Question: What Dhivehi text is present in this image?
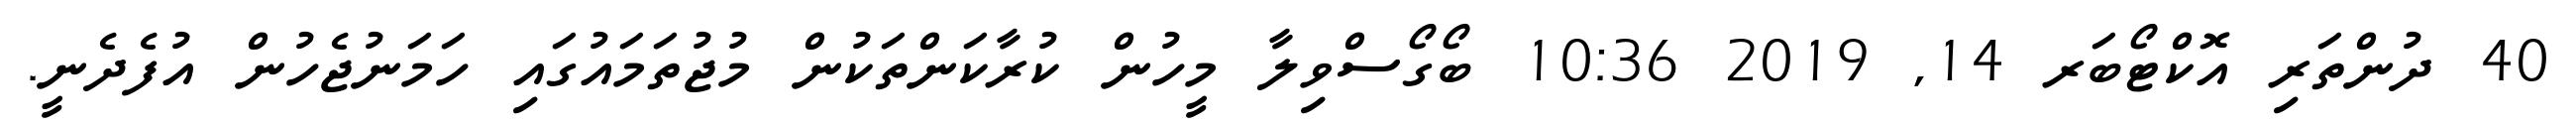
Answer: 40 ދުންތަރި އޮކްޓޯބަރ 14, 2019 10:36 ބޯގޯސްވިލާ މީހުން ކުރާކަންތަކުން މުޖުތަމައުގައި ހަމަނުޖެހުން އުފެދެނީ.